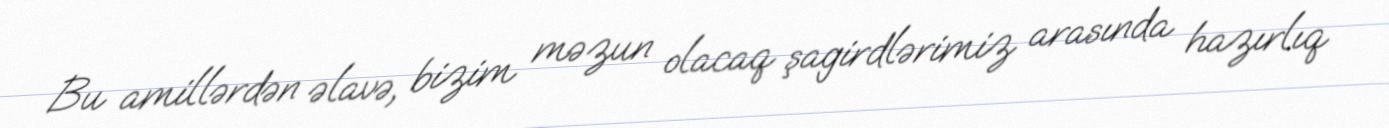
Bu amillərdən əlavə, bizim məzun olacaq şagirdlərimiz arasında hazırlıq